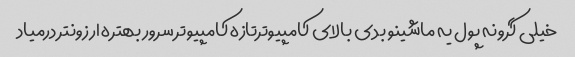
خیلی گرونه پول یه ماشینو بدی بالای کامپیوترتازه کامپیوتر سرور بهتره ارزونتر درمیاد